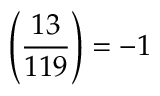
\left( { \frac { 1 3 } { 1 1 9 } } \right) = - 1